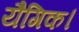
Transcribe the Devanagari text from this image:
यैगिक।